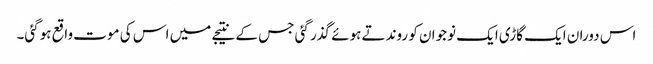
اس دوران ایک گاڑی ایک نوجوان کو روندتے ہوئے گذر گئی جس کے نتیجے میں اس کی موت واقع ہوگئی۔